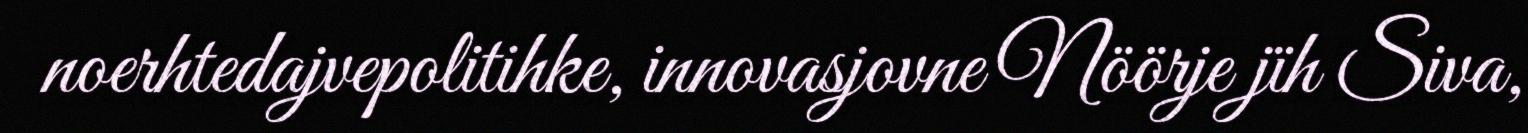
noerhtedajvepolitihke, innovasjovne Nöörje jïh Siva,